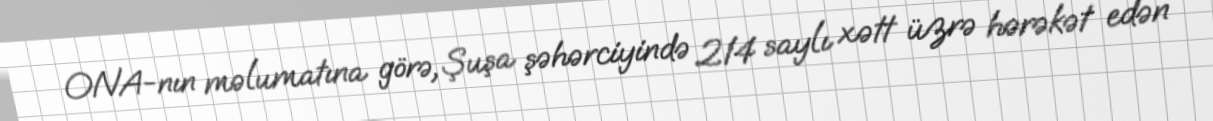
ONA-nın məlumatına görə, Şuşa şəhərciyində 214 saylı xətt üzrə hərəkət edən